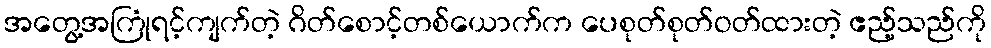
အတွေ့အကြုံရင့်ကျက်တဲ့ ဂိတ်စောင့်တစ်ယောက်က ပေစုတ်စုတ်ဝတ်ထားတဲ့ ဧည့်သည်ကို